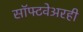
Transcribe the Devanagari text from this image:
सॉफ्टवेअरही